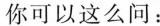
你可以这么问：